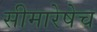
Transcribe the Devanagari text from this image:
सीमारेषेच